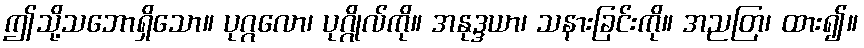
ဤသို့သဘောရှိသော။ ပုဂ္ဂလော၊ ပုဂ္ဂိုလ်ကို။ အနုဒ္ဒယာ၊ သနားခြင်းကို။ အညတြ၊ ထား၍။